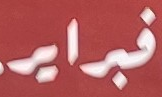
فبراير